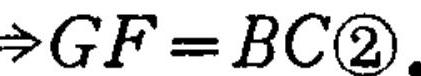
$\Rightarrow GF = BC\textcircled{2}.$